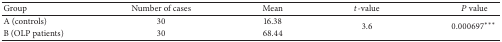
| Group | Number of cases | Mean | t-value | P value |
 | --- | --- | --- | --- | --- |
 | A (controls) | 30 | 16.38 | <ROWSPAN=2> 3.6 | <ROWSPAN=2> 0.000697*** |
 | B (OLP patients) | 30 | 68.44 |